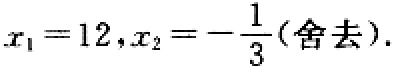
\(x_{1}=12,x_{2}=-\frac{1}{3}(\text{舍去})\)